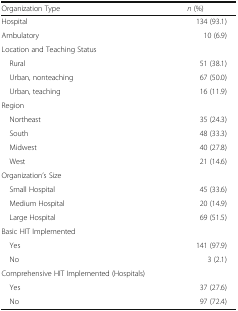
| Organization Type | n (%) |
 | --- | --- |
 | Hospital | 134 (93.1) |
 | Ambulatory | 10 (6.9) |
 | <COLSPAN=2> Location and Teaching Status |
 | Rural | 51 (38.1) |
 | Urban, nonteaching | 67 (50.0) |
 | Urban, teaching | 16 (11.9) |
 | <COLSPAN=2> Region |
 | Northeast | 35 (24.3) |
 | South | 48 (33.3) |
 | Midwest | 40 (27.8) |
 | West | 21 (14.6) |
 | <COLSPAN=2> Organization’s Size |
 | Small Hospital | 45 (33.6) |
 | Medium Hospital | 20 (14.9) |
 | Large Hospital | 69 (51.5) |
 | <COLSPAN=2> Basic HIT Implemented |
 | Yes | 141 (97.9) |
 | No | 3 (2.1) |
 | <COLSPAN=2> Comprehensive HIT Implemented (Hospitals) |
 | Yes | 37 (27.6) |
 | No | 97 (72.4) |